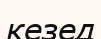
кезед